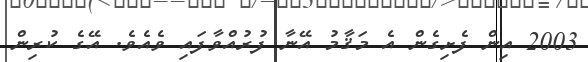
2003 އިން ފެށިގެން އެ މަޤާމު އޭނާ ފުރުއްވާފައި ވެއެވެ. އޭގެ ކުރިން